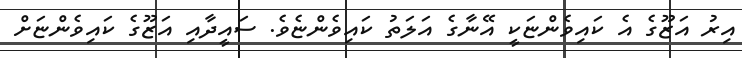
އިރު އަޒޫގެ އެ ކައިވެންޏަކީ އޭނާގެ އަލަތު ކައިވެންޏެވެ. ސައީދާއި އަޒޫގެ ކައިވެންޏަށް